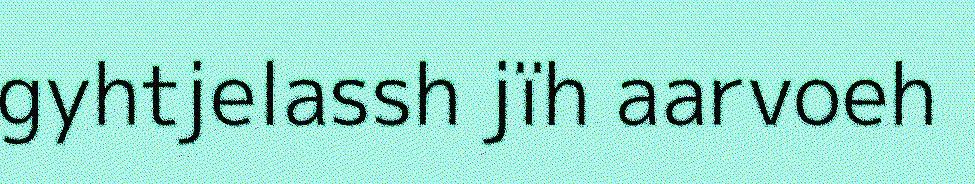
gyhtjelassh jïh aarvoeh